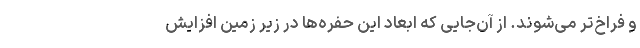
و فراخ‌تر می‌شوند. از آن‌جایی که ابعاد این حفره‌ها در زیر زمین افزایش